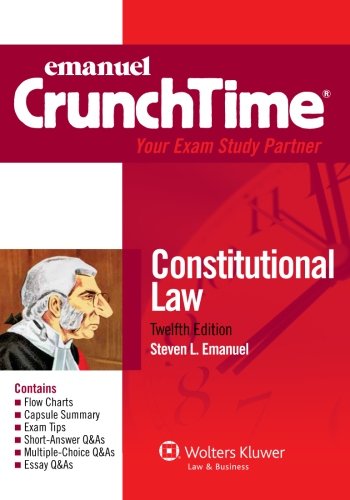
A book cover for Emanuel CrunchTime: Constitutional Law, Twelfth Edition; Steven L. Emanuel; Law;